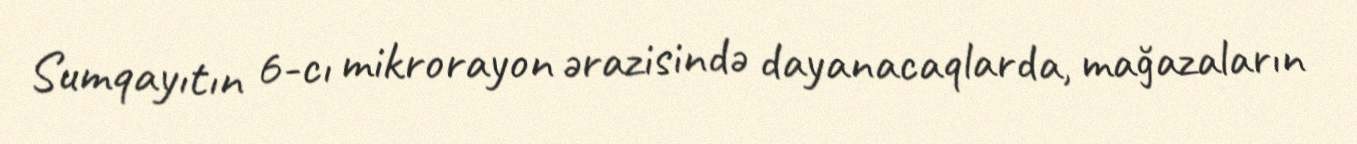
Sumqayıtın 6-cı mikrorayon ərazisində dayanacaqlarda, mağazaların